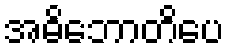
အဓိဘောတိပေ